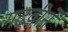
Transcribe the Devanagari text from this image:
गढवीने